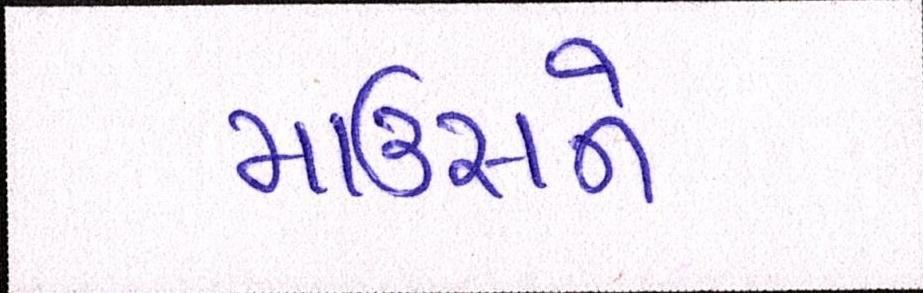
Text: માઉસને